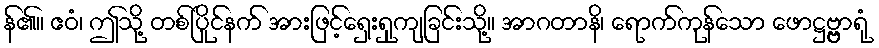
န်၏။ ဧဝံ၊ ဤသို့ တစ်ပြိုင်နက် အားဖြင့်ရှေးရှုကျခြင်းသို့။ အာဂတာနိ၊ ရောက်ကုန်သော ဖောဋ္ဌဗ္ဗ္ဗာရုံ